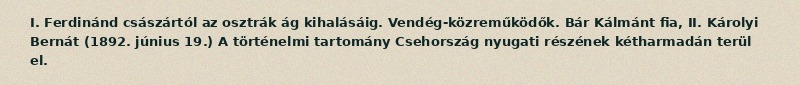
I. Ferdinánd császártól az osztrák ág kihalásáig. Vendég-közreműködők. Bár Kálmánt fia, II. Károlyi Bernát (1892. június 19.) A történelmi tartomány Csehország nyugati részének kétharmadán terül el.